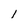
Character: 1